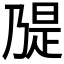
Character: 𫡝